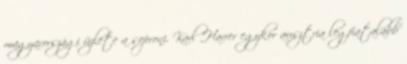
magyarországi üzlete a soproni. Karl Harrer egykor ausztria legfiatalabb